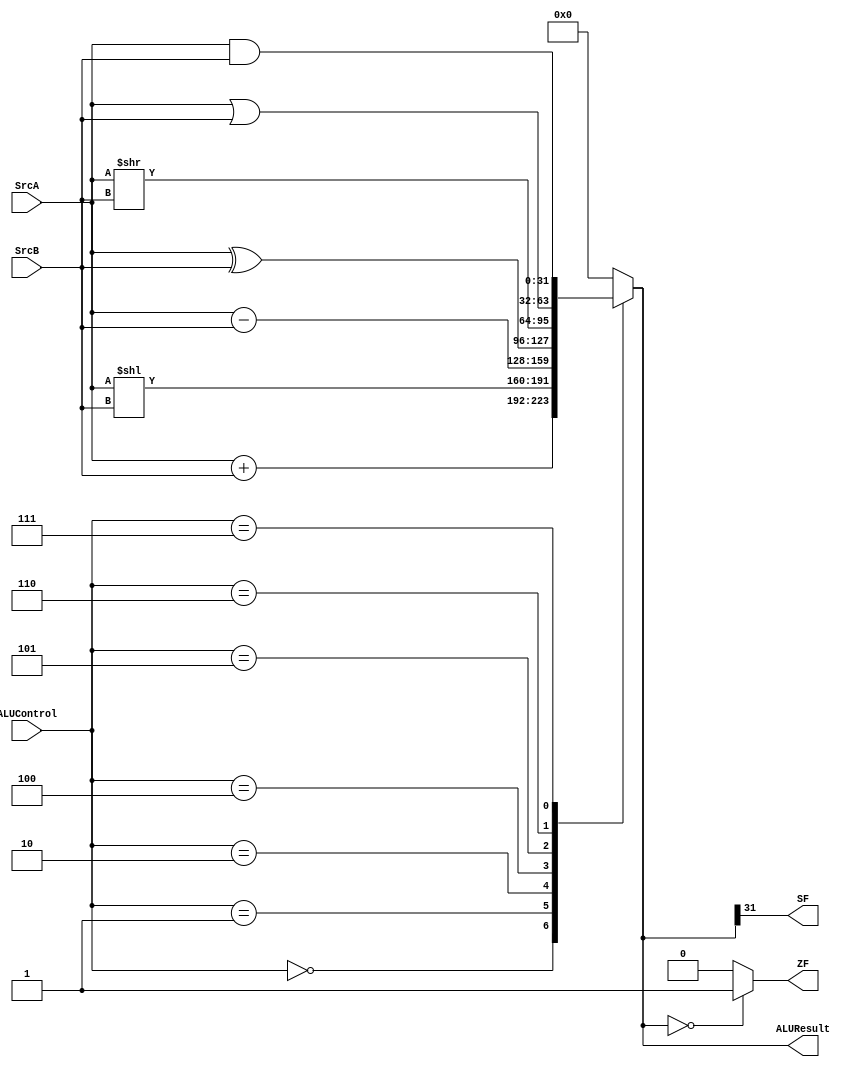

module ALU (
    /*Operands*/
    input [31:0]SrcA,
    input [31:0]SrcB,

    /*Control Signal to select the desired operation*/
    input [2:0] ALUControl,

    /*Result of the operation*/
    output reg [31:0] ALUResult,

    /*Zero flag and Sign flag to specify if the result is zero or not, and whether it's positive or negative.*/
    output reg ZF,SF
);


always @(*) begin

    /*Case Statement to select the operation to be done on the operands, based on the ALUControl signal*/
    case (ALUControl)
    3'b000: ALUResult=SrcA+SrcB;
    3'b001: ALUResult=SrcA<<SrcB;
    3'b010: ALUResult=SrcA-SrcB;
    3'b100: ALUResult=SrcA^SrcB;
    3'b101: ALUResult=SrcA>>SrcB;
    3'b110: ALUResult=SrcA|SrcB;
    3'b111: ALUResult=SrcA&SrcB;

    default: ALUResult=0;
    endcase
    /*Set or clear the flags based on the result*/
    if(ALUResult==0)
    begin
        ZF=1;
    end
    else
    begin
        ZF=0;
    end

    /*The sign flag is the MSB of the result*/
    SF=ALUResult[31];
    
end
    
endmodule